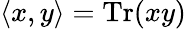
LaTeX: \langle x,y\rangle=\operatorname{Tr}(xy)